Lock hospitals Punjab
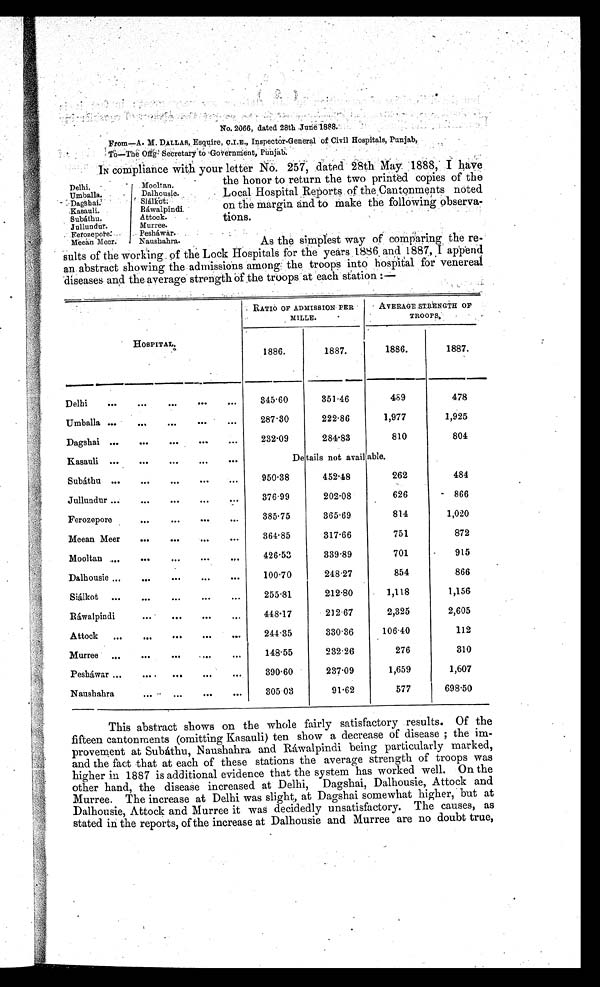
No. 2066, dated 28th June 1888 .
From—A. M. DALLAS, Esquire, C.I.E., Inspector-General of Civil Hospitals, Punjab,
To—The Offg Secretary to Government, Punjab
.
IN compliance with your letter No. 257, dated 28th May
1 8 8 8 , I h a v e
the honor to return the two printed copies of the
Local Hospital Reports of the Cantonments noted
on the margin and to make the following observa-
tions.
As the simplest way of comparing the re-
sults of the working of the Lock Hospitals for the years 1886 and 1887, I append
an abstract showing the admissions among the troops into hospital for venereal
diseases and the average strength of the troops at each station
HOSPITAL.
RATIO OF ADMISSION PER
MILLE.
AVERAGE STRENGTH OF
TROOPS,
1886.
1887.
1886.
1887.
Delhi
...
...
...
....
...
345.60
351.46
469
478
Umballa ...
...
...
. . .
...
287.30
222.86
1,977
1,925
Dagshai ...
. . .
...
...
...
232.09
284.83
810
804
Kasauli ...
...
...
...
...
Details not available.
Subáthu ...
...
...
...
...
950.38
452.18
262
484
Jullundur ...
...
...
...
...
376.99
202.08
626
866
Ferozepor
. . .
...
. . .
. . .
385.75
365.69
814
1,020
Meean Meer
...
...
...
...
364.85
317.66
751
872
Mooltan ...
...
...
...
...
426.53
339.89
701
915
Dalhousie ...
...
...
...
...
100.70
248.27
854
866
Siálkot
...
...
...
...
...
255.31
212.80
1,118
1,156
Ráwalpindi
. . .
. . .
. . .
. . .
448.17
212.67
2,325
2,605
Attock
...
...
...
...
...
244.35
330.36
106.40
112
Murree
...
...
...
....
...
148.55
232.26
276
310
Pesháwar ...
...
...
...
. . .
390.60
237.09
1,659
1,607
Naushahr
. . .
. . .
. . .
...
305.03
91.62
577
698.50
This abstract shows on the whole fairly satisfactory results. Of the
fifteen cantonments (omitting Kasauli) ten show a decrease of disease ; the im-
provement at Subáthu, Naushahra and Ráwalpindi being particularly marked,
and the fact that at each of these stations the average strength of troops was
higher in 1887 is additional evidence that the system has worked well. On the
other hand, the disease increased at Delhi, Dagshai, Dalhousie, Attock and
Murree. The increase at Delhi was slight, at Dagshai somewhat higher, but at
Dalhousie, Attock and Murree it was decidedly unsatisfactory. The causes, as
stated in the reports, of the increase at Dalhousie and Murree are no doubt true,
Delhi.
Mooltan.
Umballa.
Dalhousie.
Dagshai
Siálkot
Kasauli.
Ráwalpindi.
Subáthu.
Attack.
Jullundur.
Murree.
Ferozepore.
Pesháwar.
Meean Meer.
Naushahra.